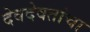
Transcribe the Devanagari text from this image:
देवदेवतांचा